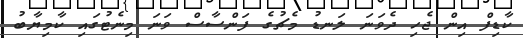
ކާޑިފް އިން ޖެހި ދެވަނަ ލަނޑު މެޗުގެ ފަންސާސް ވަނަ މިނެޓުގައި ކާމިޔާބު